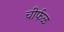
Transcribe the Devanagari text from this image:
चीर्फळ